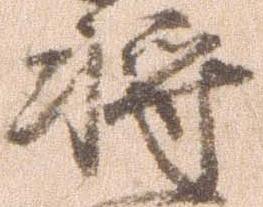
将